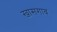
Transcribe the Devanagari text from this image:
खासगाव